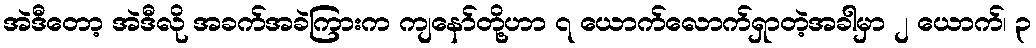
အဲဒီတော့ အဲဒီလို အခက်အခဲကြားက ကျနော်တို့ဟာ ၇ ယောက်လောက်ရှာတဲ့အခါမှာ ၂ ယောက်၊ ၃